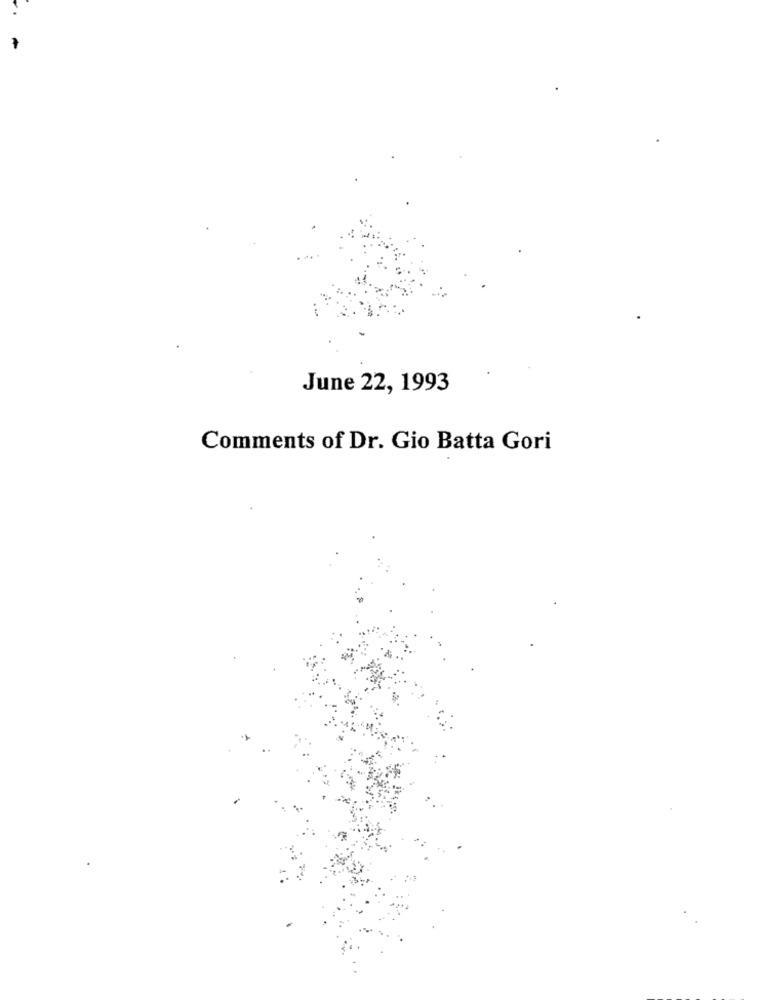
June 22, 1993
Comments of Dr. Gio Batta Gori